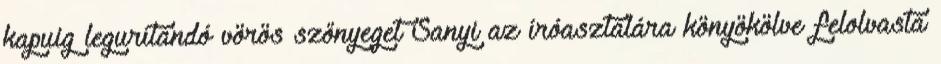
ka­puig legurítandó vörös szőnyeget Sanyi az íróasztalára könyö­köl­ve felolvasta